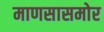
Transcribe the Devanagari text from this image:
माणसासमोर